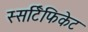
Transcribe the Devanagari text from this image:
स्सर्टिफिकेट